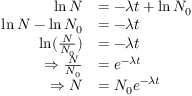
\begin{array} { r l } { \ln { N } } & { = - \lambda t + \ln { N _ { 0 } } } \\ { \ln { N } - \ln { N _ { 0 } } } & { = - \lambda t } \\ { \ln ( { \frac { N } { N _ { 0 } } } ) } & { = - \lambda t } \\ { \Rightarrow \frac { N } { N _ { 0 } } } & { = e ^ { - \lambda t } } \\ { \Rightarrow N } & { = N _ { 0 } e ^ { - \lambda t } } \end{array}